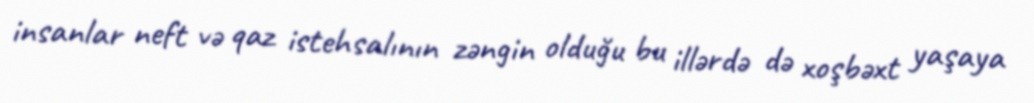
insanlar neft və qaz istehsalının zəngin olduğu bu illərdə də xoşbəxt yaşaya